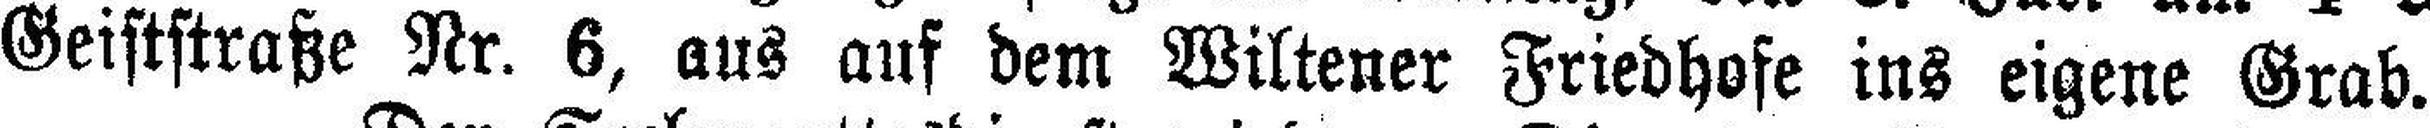
Geiststraße Nr. 6, aus auf dem Wiltener Friedhofe ins eigene Grab.